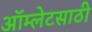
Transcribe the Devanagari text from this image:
ऑम्लेटसाठी